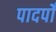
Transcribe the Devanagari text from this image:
पादपोँ